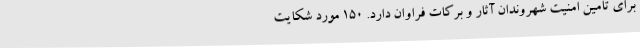
برای تامین امنیت شهروندان آثار و برکات فراوان دارد. 150 مورد شکایت